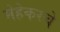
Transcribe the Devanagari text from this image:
मेहेकरचे